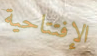
الإفتتاحية